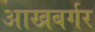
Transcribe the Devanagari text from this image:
आखबर्गर